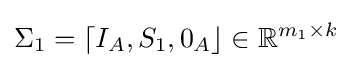
\Sigma _{1}=\lceil I_{A},S_{1},0_{A}\rfloor \in \mathbb {R} ^{m_{1}\times k}